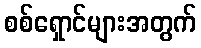
စစ်ရှောင်များအတွက်